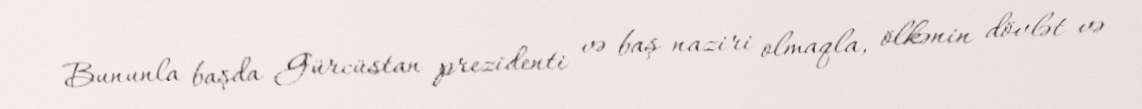
Bununla başda Gürcüstan prezidenti və baş naziri olmaqla, ölkənin dövlət və